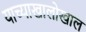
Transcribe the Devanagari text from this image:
याच्याखालोखाल